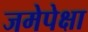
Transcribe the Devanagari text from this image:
जमेपेक्षा